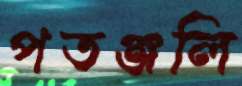
পতঞ্জলি